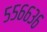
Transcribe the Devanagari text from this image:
५५६६३६